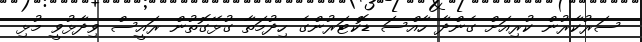
ސަރުކާރުން ކުރިއަށް ގެންދާ ހާއްސަ ޑޮކްޓަރުންގެ ހިދުމަތާ ގުޅޭގޮތުން ރައީސް ވިދާޅުވީ މުޅި